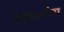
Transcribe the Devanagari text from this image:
माकार्रोना